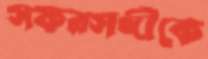
সফরসঙ্গীকে